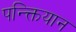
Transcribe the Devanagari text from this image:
पन्क्तियान